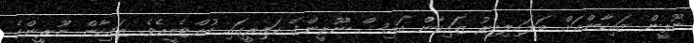
ނޫރީން ޒައިކާންއަށް ބަލައިލިއިރު ޒައިކާން އައިސް ނޫރީންގެ ކައިރީގައި ހުއްޓެނީއެވެ. ޒައިކާން ނޫރީންގެ